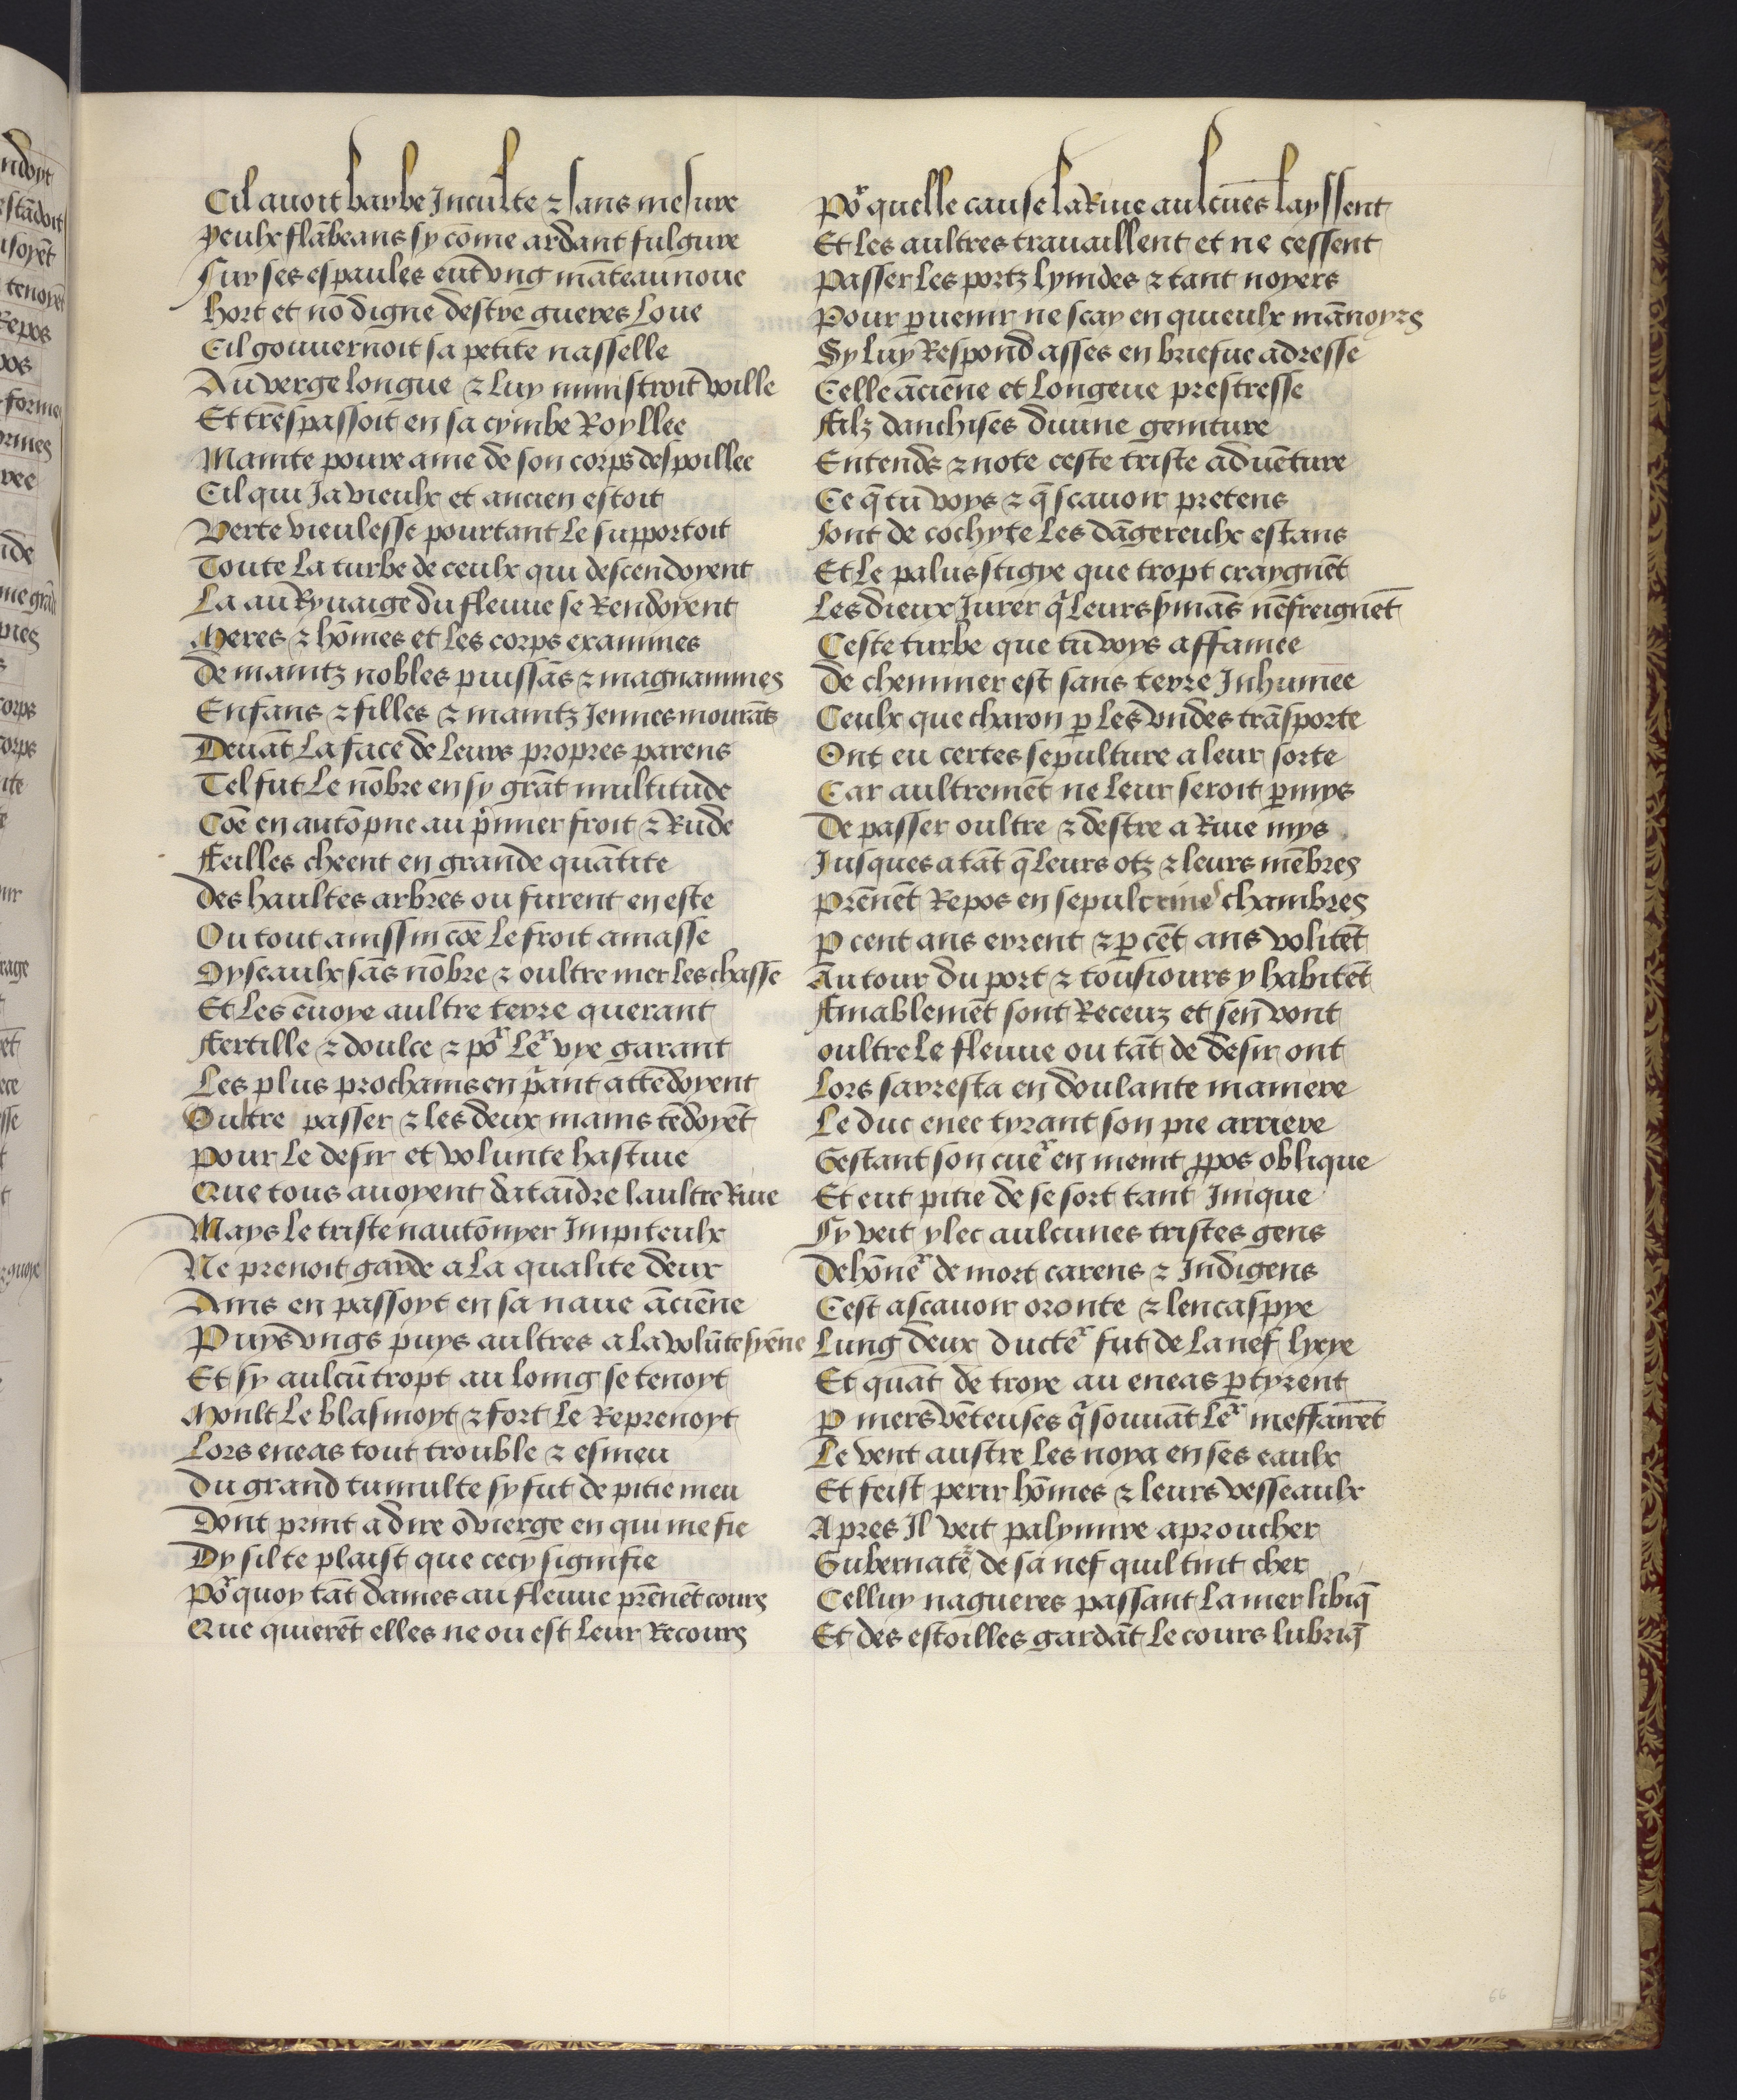
Shelfmark: Philadelphia, University of Pennsylvania, codex 909
Century: 15